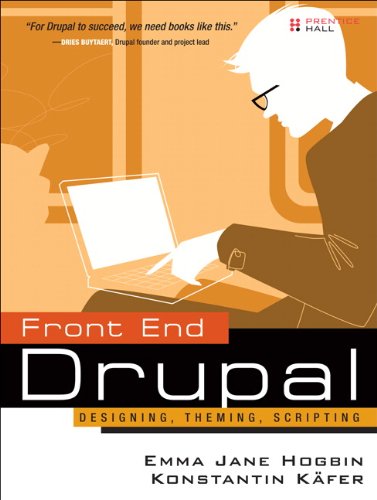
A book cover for Front End Drupal: Designing, Theming, Scripting; Konstantin Kafer; Computers & Technology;